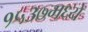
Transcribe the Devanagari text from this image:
१५३७मध्ये